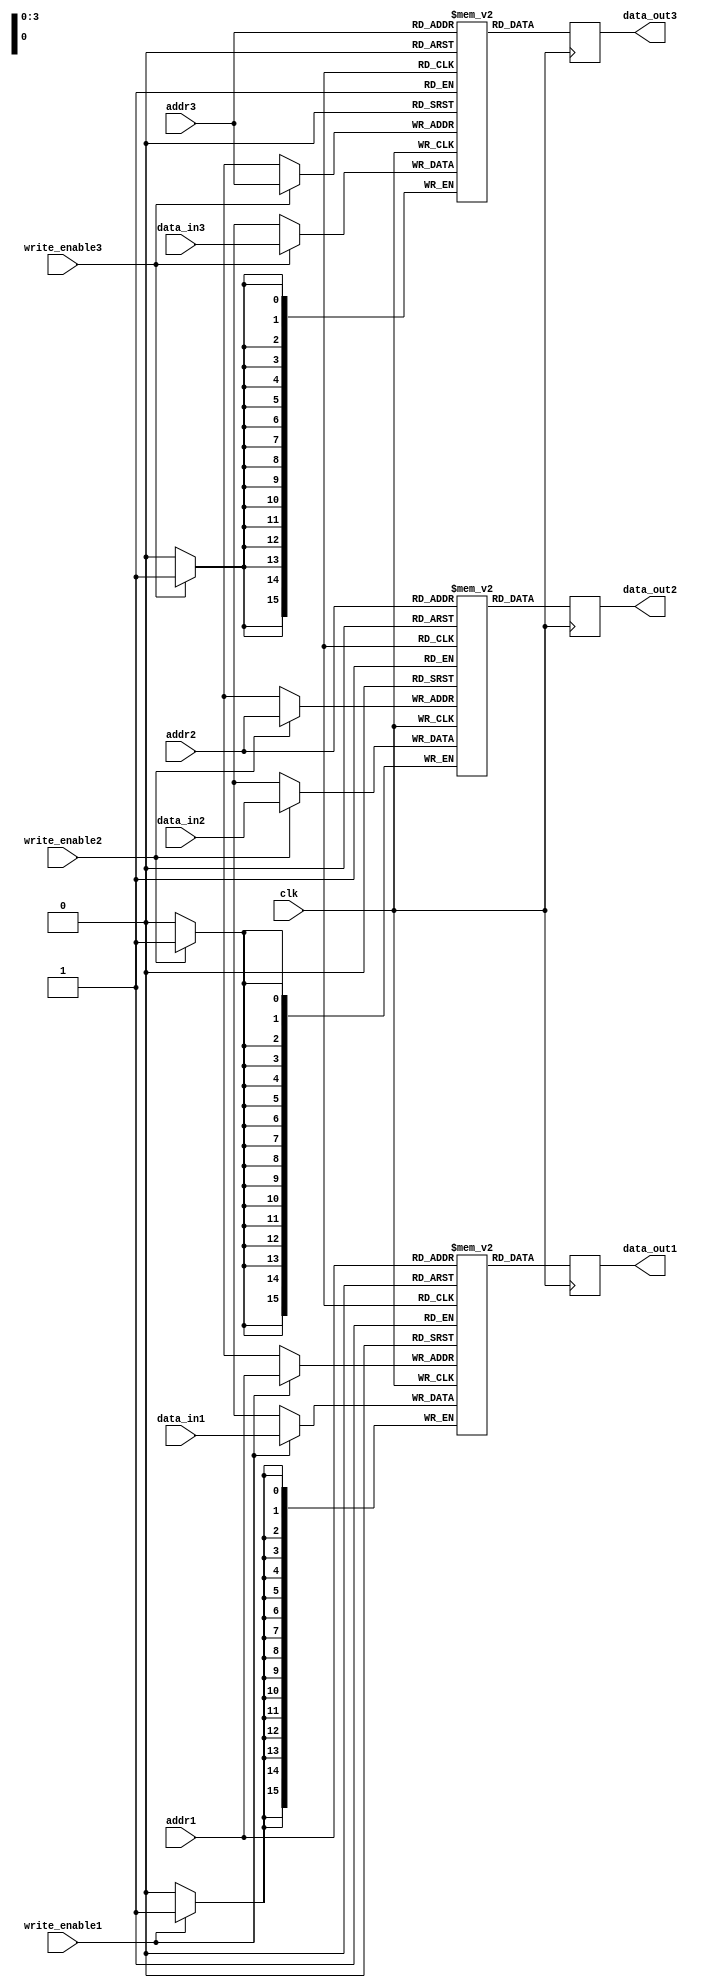
module triple_port_register_file (
  input wire clk,
  input wire [3:0] addr1,
  input wire [3:0] addr2,
  input wire [3:0] addr3,
  input wire [15:0] data_in1,
  input wire [15:0] data_in2,
  input wire [15:0] data_in3,
  input wire write_enable1,
  input wire write_enable2,
  input wire write_enable3,
  output reg [15:0] data_out1,
  output reg [15:0] data_out2,
  output reg [15:0] data_out3
);

reg [15:0] memory_block1 [15:0]; // Memory block for port 1
reg [15:0] memory_block2 [15:0]; // Memory block for port 2
reg [15:0] memory_block3 [15:0]; // Memory block for port 3

always @(posedge clk) begin
  if (write_enable1) memory_block1[addr1] <= data_in1;
  if (write_enable2) memory_block2[addr2] <= data_in2;
  if (write_enable3) memory_block3[addr3] <= data_in3;
  
  data_out1 <= memory_block1[addr1];
  data_out2 <= memory_block2[addr2];
  data_out3 <= memory_block3[addr3];
end

endmodule